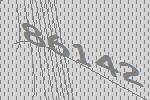
86142